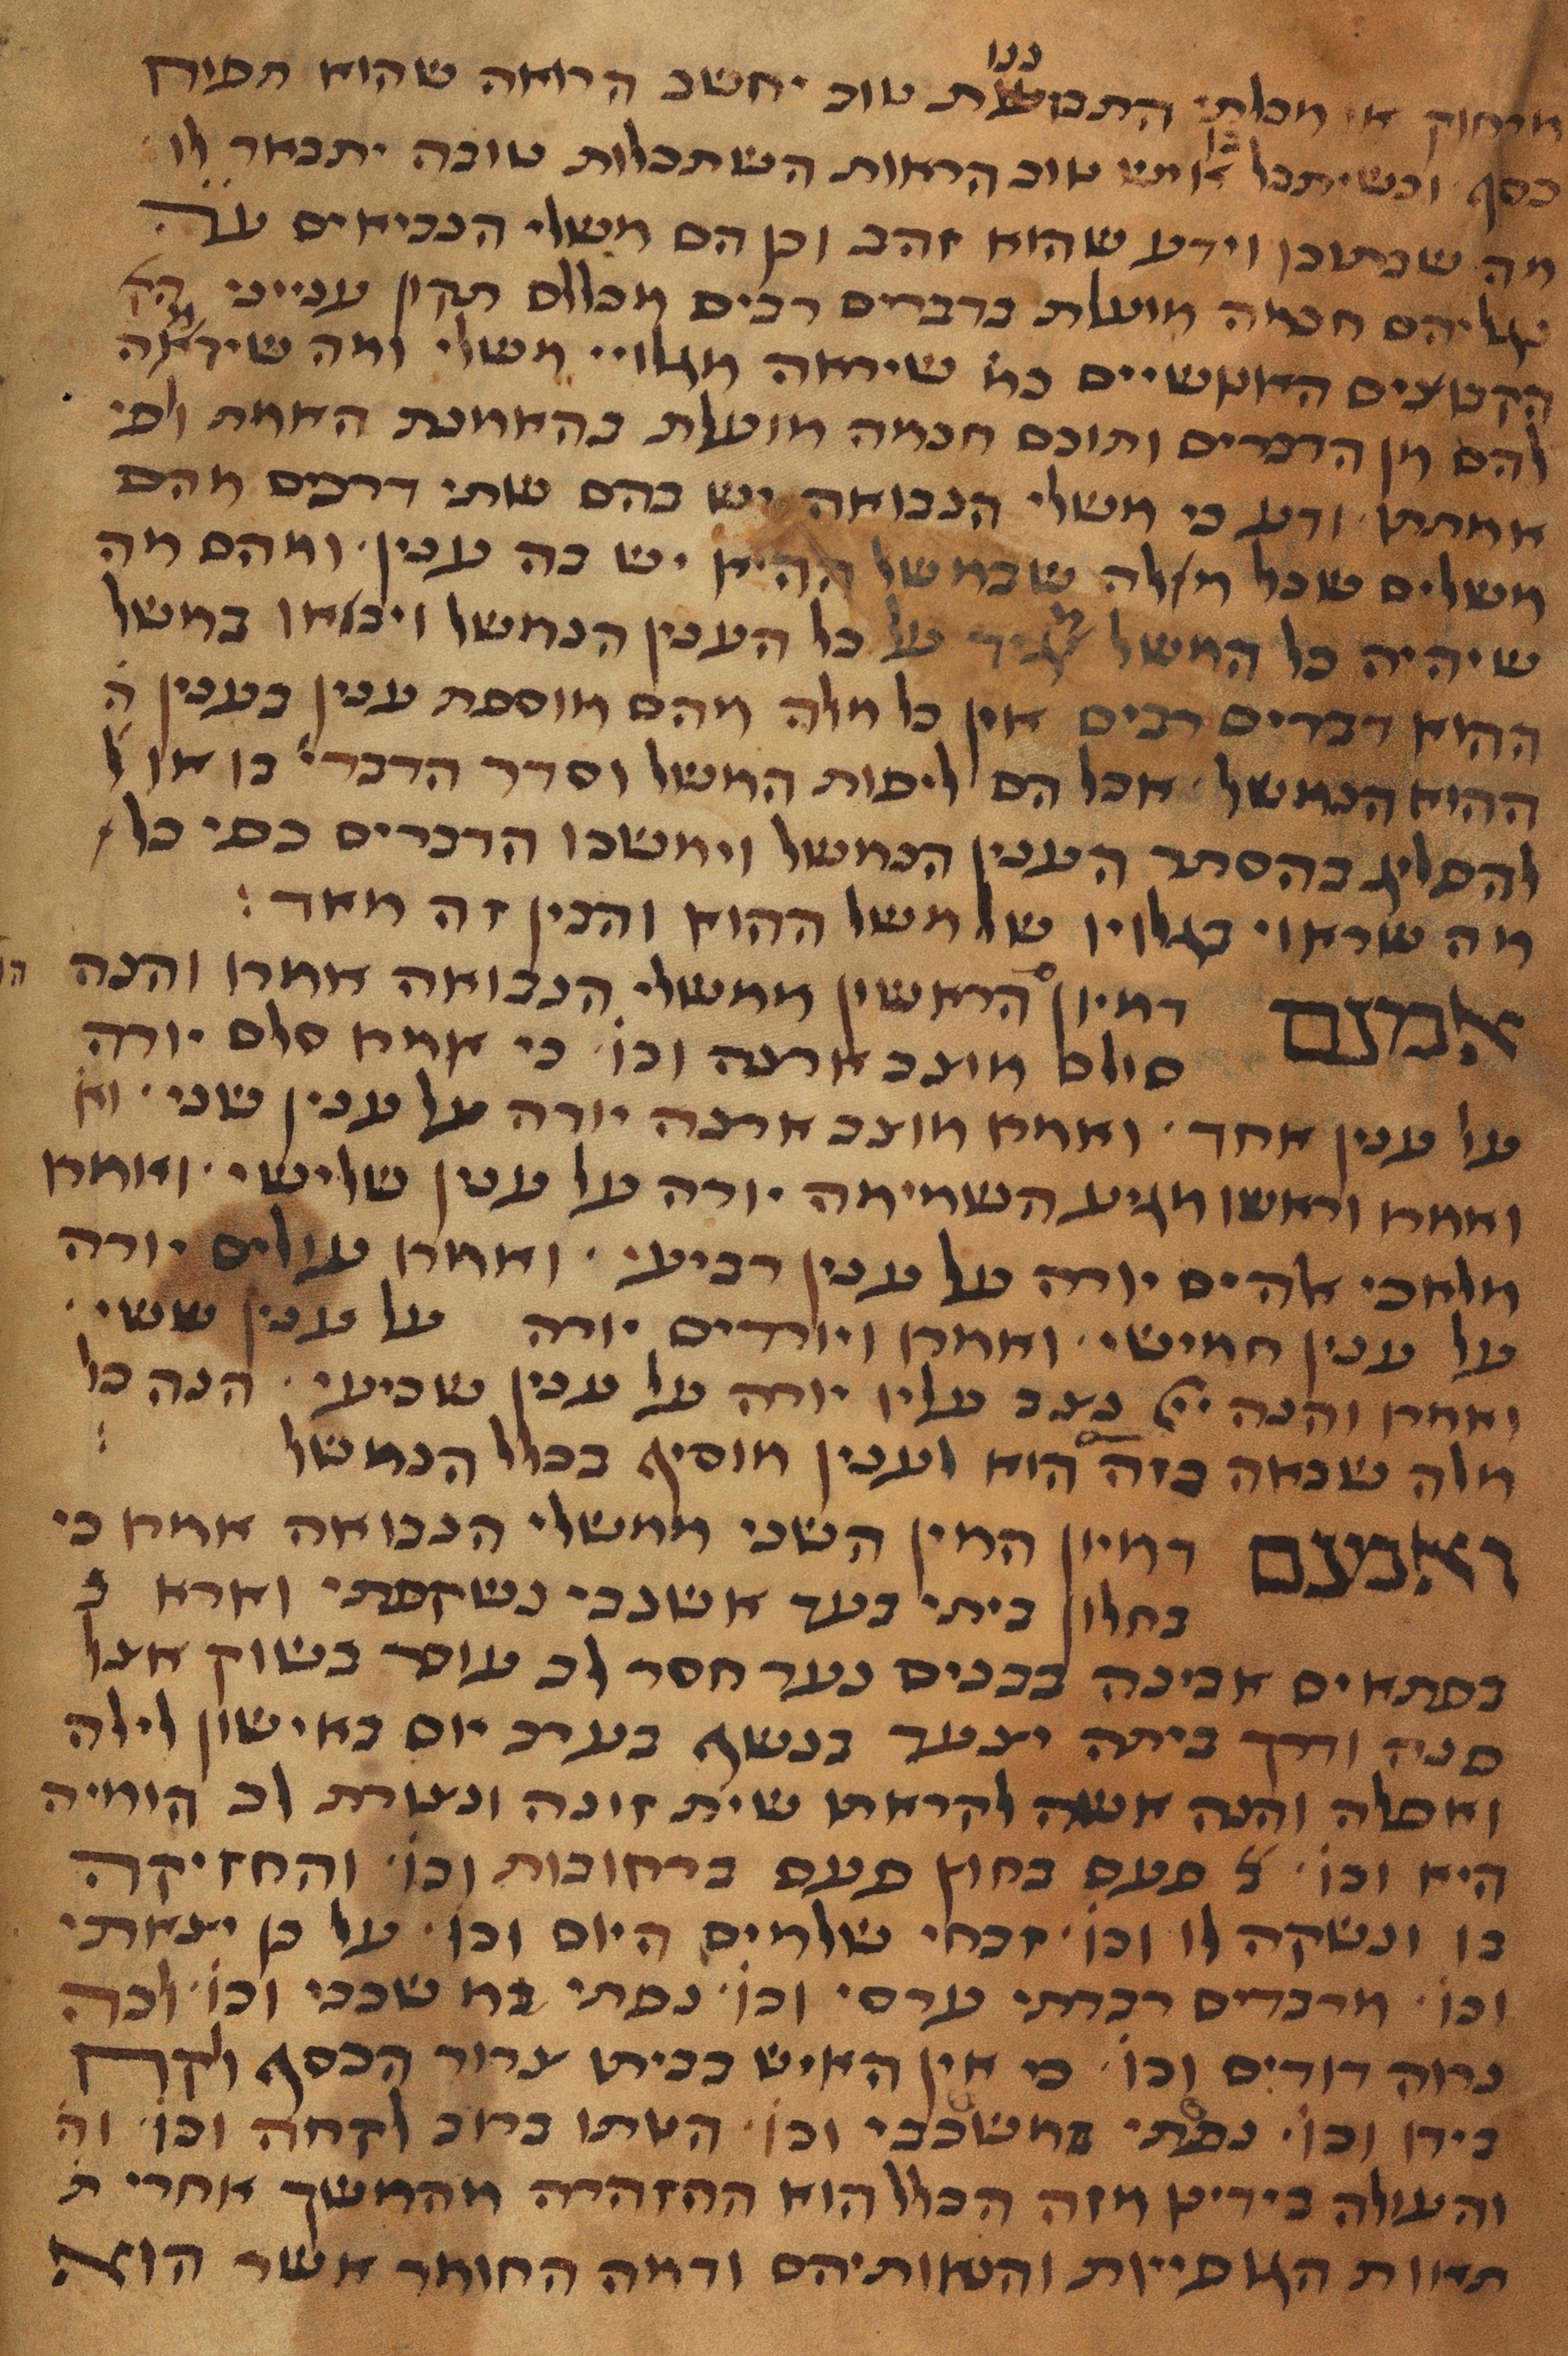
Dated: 1450–1499